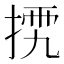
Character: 𢮴